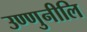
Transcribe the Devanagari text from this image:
उण्णुनीलि